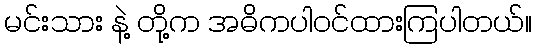
မင်းသား နဲ့ တို့က အဓိကပါဝင်ထားကြပါတယ်။